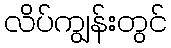
လိပ်ကျွန်းတွင်